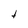
Character: t